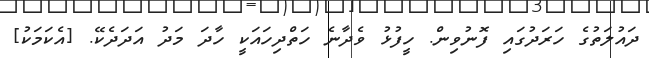
ދައުލަތުގެ ހަރަދުގައި ފޮނުވިން. ހީފުޅު ވެދާނެ ހަތްދިހައަކީ ހާދަ މަދު އަދަދެކޭ. [އެކަމަކު]